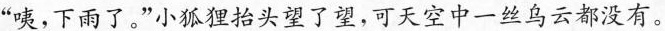
”咦，下雨了。”小狐狸抬头望了望，可天空中一丝乌云都没有。